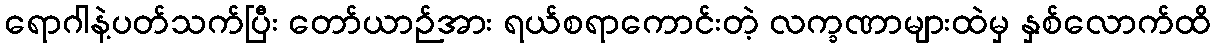
ရောဂါနဲ့ပတ်သက်ပြီး တော်ယာဉ်အား ရယ်စရာကောင်းတဲ့ လက္ခဏာများထဲမှ နှစ်လောက်ထိ